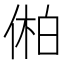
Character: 𫢾